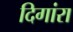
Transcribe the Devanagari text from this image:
दिगांरा